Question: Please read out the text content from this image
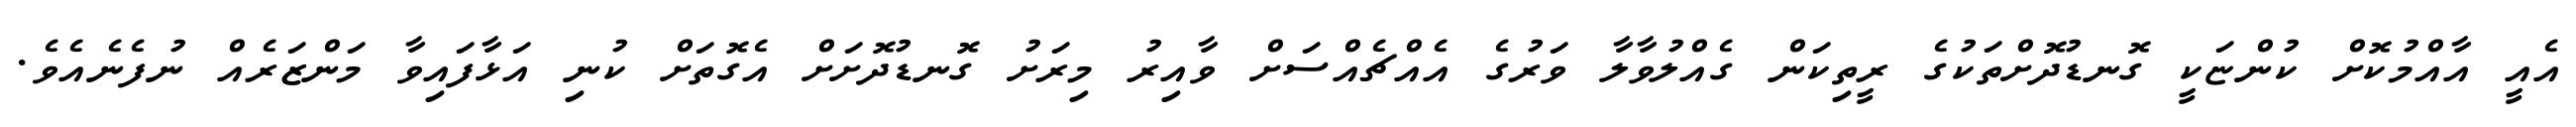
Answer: އެއީ އާއްމުކޮށް ކުންޏަކީ ގޮނޑުދޮށްތަކުގެ ރީތިކަން ގެއްލުވާލާ ވަރުގެ އެއްޗެއްސަށް ވާއިރު މިރަށު ގޮނޑުދޮށަށް އެގޮތަށް ކުނި އަޅާފައިވާ މަންޒަރެއް ނުފެނެއެވެ.